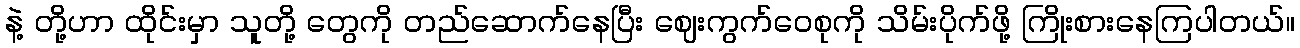
နဲ့ တို့ဟာ ထိုင်းမှာ သူတို့ တွေကို တည်ဆောက်နေပြီး ဈေးကွက်ဝေစုကို သိမ်းပိုက်ဖို့ ကြိုးစားနေကြပါတယ်။